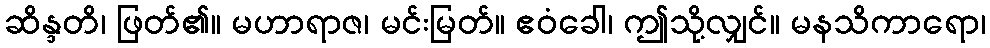
ဆိန္ဒတိ၊ ဖြတ်၏။ မဟာရာဇ၊ မင်းမြတ်။ ဧဝံခေါ၊ ဤသို့လျှင်။ မနသိကာရော၊